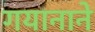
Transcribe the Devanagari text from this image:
गयानाने